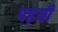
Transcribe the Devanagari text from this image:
पढ़यी